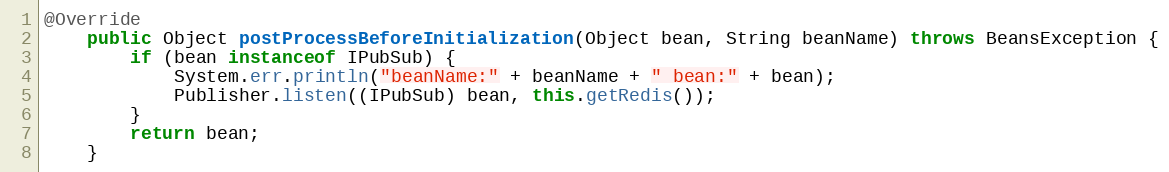
Language: Java
@Override
	public Object postProcessBeforeInitialization(Object bean, String beanName) throws BeansException {
		if (bean instanceof IPubSub) {
			System.err.println("beanName:" + beanName + " bean:" + bean);
			Publisher.listen((IPubSub) bean, this.getRedis());
		}
		return bean;
	}